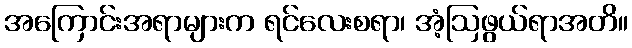
အကြောင်းအရာများက ရင်လေးစရာ၊ အံ့ဩဖွယ်ရာအတိ။